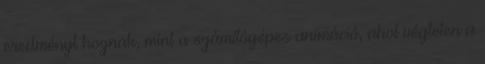
eredményt hoznak, mint a számítógépes animáció, ahol végtelen a